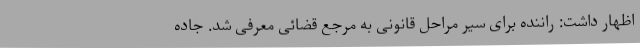
اظهار داشت: راننده برای سیر مراحل قانونی به مرجع قضائی معرفی شد. جاده